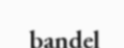
bandel